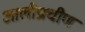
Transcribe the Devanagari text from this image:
आलीप्राचीण